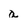
Character: a